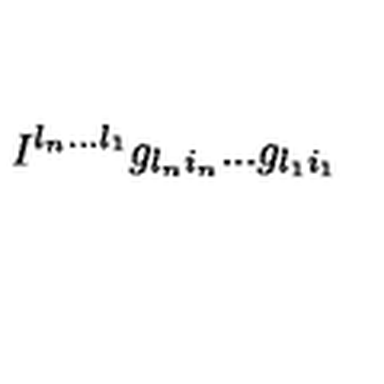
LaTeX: I ^ { l _ { n } . . . l _ { 1 } } g _ { l _ { n } i _ { n } } . . . g _ { l _ { 1 } i _ { 1 } }